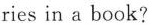
ries in a book?